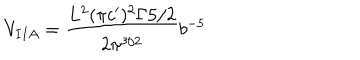
LaTeX: V _ { I I A } = \frac { L ^ { 2 } ( \pi c ^ { \prime } ) ^ { 2 } \Gamma { 5 / 2 } } { 2 \pi ^ { 3 / 2 } } b ^ { - 5 }